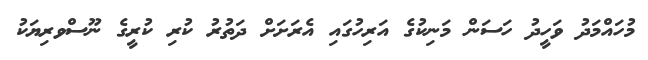
މުހައްމަދު ވަހީދު ހަސަން މަނިކުގެ އަރިހުގައި އެރަށަށް ދަތުރު ކުރި ކުރީގެ ނޫސްވރިޔަކު